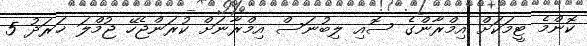
ކޮންމެ ޓީމަކަށް އިމްރާންގެ ސޮއި ލިބުނަސް އިމްރާނަށް ކުރަންޖެހޭ ޖުމްލަ ޚަރަދު 5